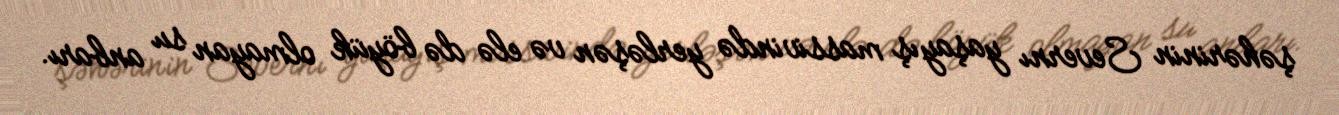
şəhərinin Severnı yaşayış massivində yerləşən və elə də böyük olmayan su anbarı.